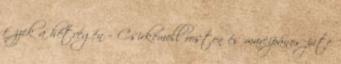
főzzek a hétvégén – Csirkemell roston és marcipános pite